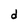
Character: d